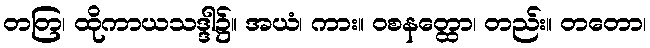
တတြ၊ ထိုကာယသဒ္ဒါ၌။ အယံ၊ ကား။ ဝစနတ္ထော၊ တည်း။ တတော၊